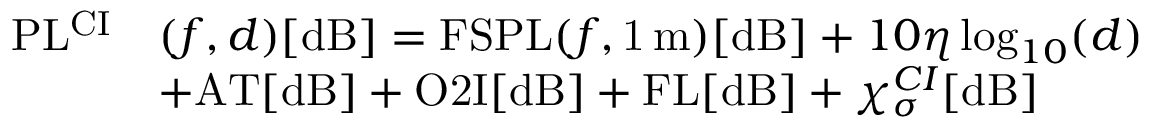
\begin{array} { r l } { \mathrm { P L ^ { C I } } } & { ( f , d ) [ \mathrm { d B } ] = \mathrm { F S P L } ( f , \mathrm { 1 \, m } ) [ \mathrm { d B } ] + 1 0 \eta \log _ { 1 0 } ( d ) } \\ & { + \mathrm { A T } [ \mathrm { d B } ] + \mathrm { O 2 I } [ \mathrm { d B } ] + \mathrm { F L } [ \mathrm { d B } ] + \chi _ { \sigma } ^ { C I } [ \mathrm { d B } ] } \end{array}